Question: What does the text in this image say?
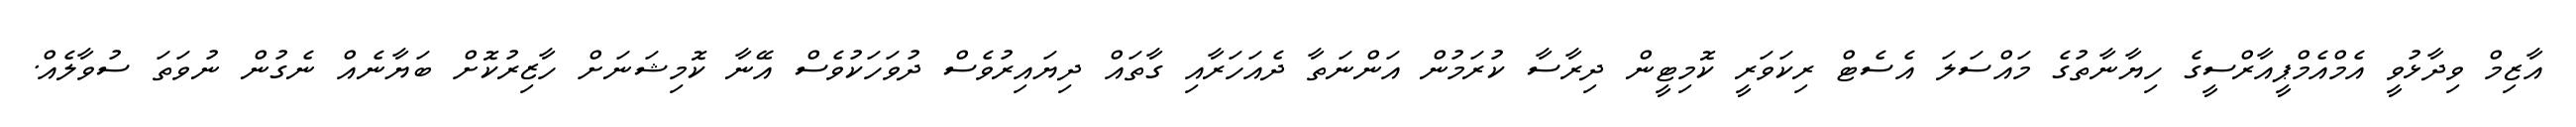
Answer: އާޒިމް ވިދާޅުވީ އެމްއެމްޕީއާރްސީގެ ހިޔާނާތުގެ މައްސަލަ އެސެޓް ރިކަވަރީ ކޮމިޓީން ދިރާސާ ކުރަމުން އަންނަތާ ދެއަހަރާއި ގާތައް ދިޔައިރުވެސް ދުވަހަކުވެސް އޭނާ ކޮމިޝަނަށް ހާޒިރުކޮށް ބަޔާނެއް ނެގުން ނުވަތަ ސުވާލެއް.